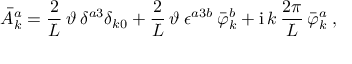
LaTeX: \bar { A } _ { k } ^ { a } = \frac { 2 } { L } \, \vartheta \: \delta ^ { a 3 } \delta _ { k 0 } + \frac { 2 } { L } \, \vartheta \: \epsilon ^ { a 3 b } \: \bar { \varphi } _ { k } ^ { b } + \mathrm { i } \, k \: \frac { 2 \pi } { L } \, \bar { \varphi } _ { k } ^ { a } \; ,